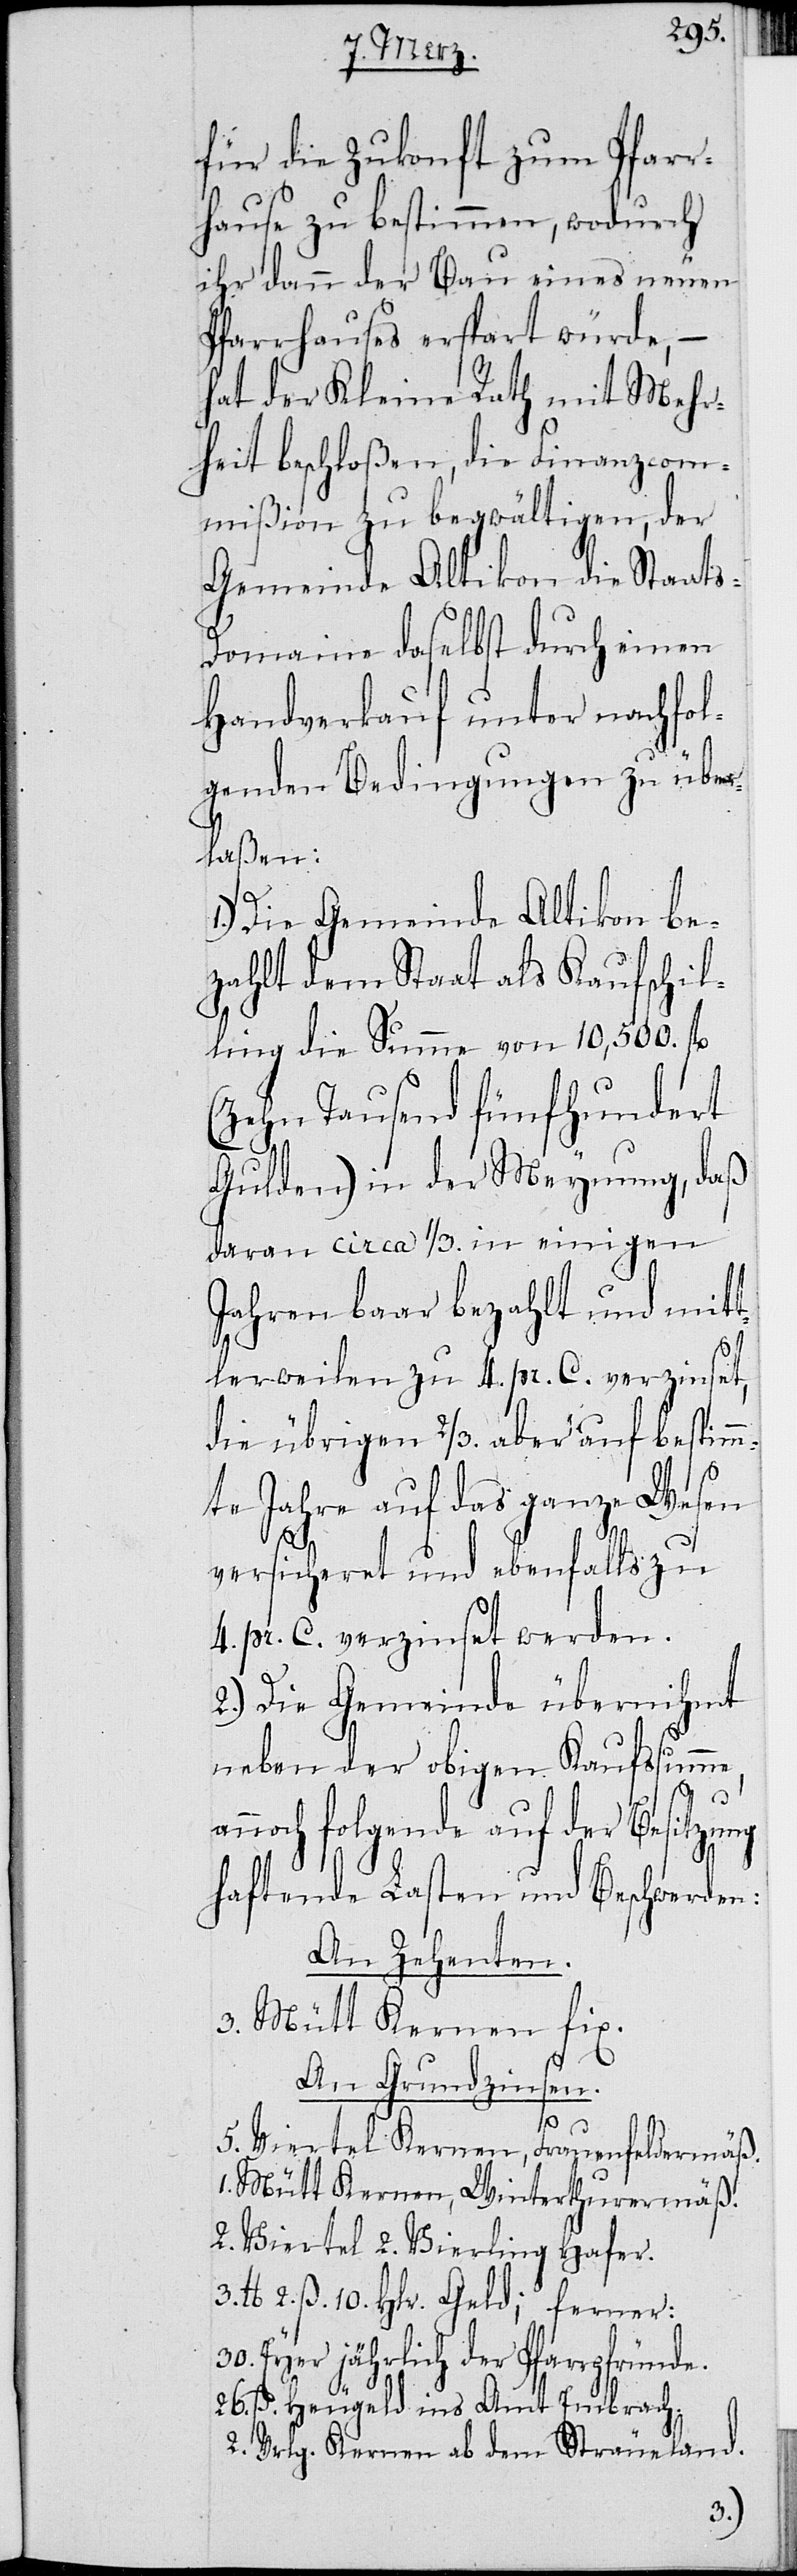
für die Zukonft zum Pfarr¬
hause zu bestimmen, wodurch
ihr dann der Bau eines neuen
Pfarrhauses erspart würde, –
hat der Kleine Rath mit Mehr¬
heit beschloßen, die Finanzcom¬
mißion zu begwältigen, der
Gemeinde Altikon die Staats-D¬
omaine daselbst durch einen
Handverkauf unter nachfol¬
genden Bedingungen zu über¬
laßen:
Die Gemeinde Altikon be¬
zahlt dem Staat als Kaufschil¬
ling die Summe von 10,500. fl.
(Zehn Tausend fünfhundert
Gulden) in der Meynung, daß
daran circa 1/3. in einigen
Jahren baar bezahlt und mit¬
tlerweilen zu 4. pr. C. verzinset,
die übrigen 2/3. aber auf bestim¬
mte Jahre auf das ganze Wesen
versicheret und ebenfalls zu
4. pr. C. verzinset werden.
2.) Die Gemeinde übernihmt
neben der obigen Kaufsumme,
annoch folgende auf der Besitzung
haftende Lasten und Beschwerden:
An Zehenten.
3. Mütt Kernen fix.
An Grundzinsen:
1.)
5. Viertel Kernen, Frauenfeldermäß.
1. Mütt Kernen, Winterthurermäß.
2. Viertel 2. Vierling Hafer.
3. lb 2. ß. 10. Hlr. Geld; ferner:
30. Eyer jährlich der Pfarrpfründe.
26. ß. Heugeld ins Amt Embrach.
2. Vrlg. Kernen ab dem Sträueland.